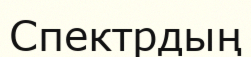
Спектрдың